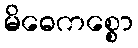
မိဓေကစ္စော